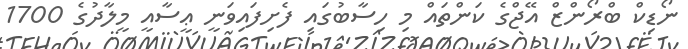
ނޯޑިކް ބްރޯންޒް އޭޖްގެ ކަންތައް މި ހިސާބުގައި ފެށިފައިވަނީ ޢީސާއީ މީލާދުގެ 1700